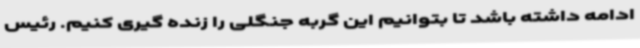
ادامه داشته باشد تا بتوانیم این گربه جنگلی را زنده گیری کنیم. رئیس